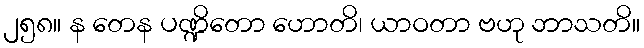
၂၅၈။ န တေန ပဏ္ဍိတော ဟောတိ၊ ယာဝတာ ဗဟု ဘာသတိ။